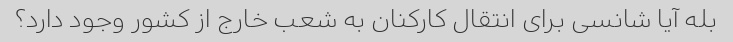
بله آیا شانسی برای انتقال کارکنان به شعب خارج از کشور وجود دارد؟